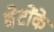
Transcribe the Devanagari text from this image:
बेटोंके